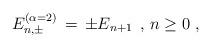
LaTeX: \begin{align*} E^{(\alpha=2)}_{n,\pm} \, = \, \pm E_{n+1} \; \, , \, n \geq 0 \, \, ,\end{align*}